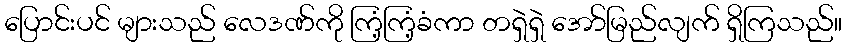
ပြောင်းပင် များသည် လေဒဏ်ကို ကြံ့ကြံ့ခံကာ တရှဲရှဲ အော်မြည်လျက် ရှိကြသည်။